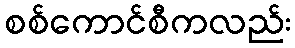
စစ်ကောင်စီကလည်း